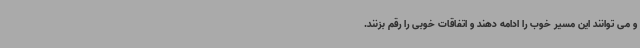
و می توانند این مسیر خوب را ادامه دهند و اتفاقات خوبی را رقم بزنند.